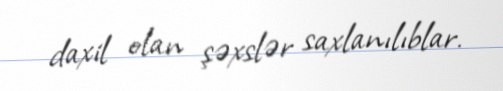
daxil olan şəxslər saxlanılıblar.